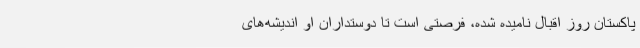
پاکستان روز اقبال نامیده شده، فرصتی است تا دوستداران او اندیشه‌های